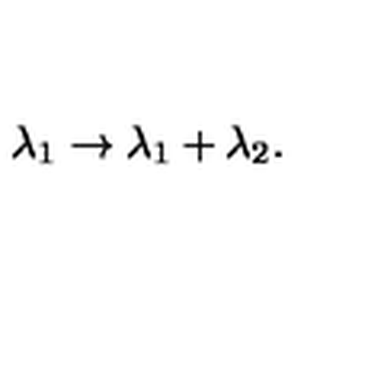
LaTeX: \lambda _ { 1 } \to \lambda _ { 1 } + \lambda _ { 2 } .